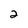
Character: 2